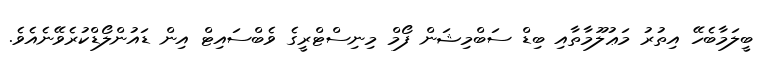
ބީލަމާބެހޭ އިތުރު މަޢުލޫމާތާއި ބިޑް ސަބްމިޝަން ފޯމް މިނިސްޓްރީގެ ވެބްސައިޓް އިން ޑައުންލޯޑްކުރެވޭނެއެވެ.